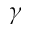
\gamma